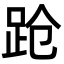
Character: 跄